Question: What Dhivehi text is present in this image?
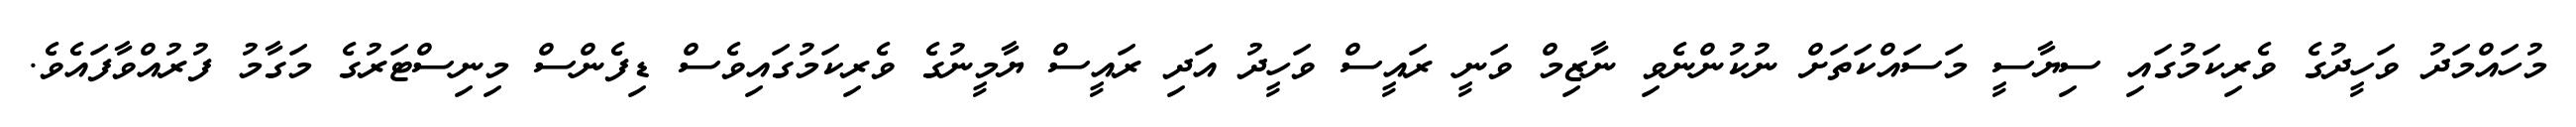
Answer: މުހައްމަދު ވަހީދުގެ ވެރިކަމުގައި ސިޔާސީ މަސައްކަތަށް ނުކުންނެވި ނާޒިމް ވަނީ ރައީސް ވަހީދު އަދި ރައީސް ޔާމީނުގެ ވެރިކަމުގައިވެސް ޑިފެންސް މިނިސްޓަރުގެ މަގާމު ފުރުއްވާފައެވެ.